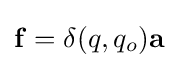
\mathbf {f} =\delta (q,q_{o})\mathbf {a}